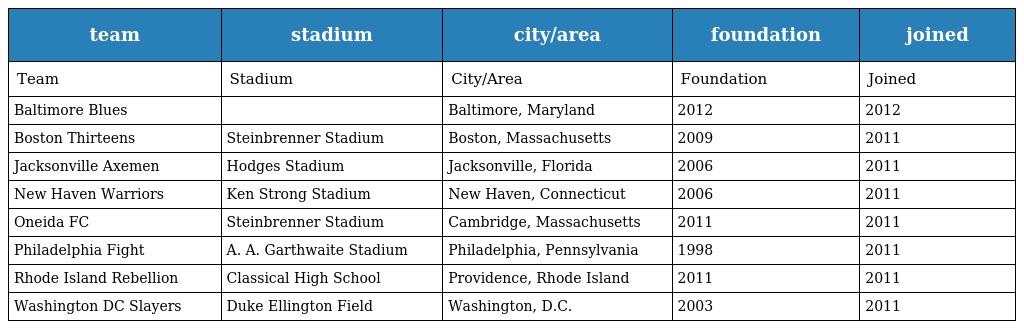
| team | stadium | city/area | foundation | joined |
 | --- | --- | --- | --- | --- |
 | Team | Stadium | City/Area | Foundation | Joined |
 | Baltimore Blues |  | Baltimore, Maryland | 2012 | 2012 |
 | Boston Thirteens | Steinbrenner Stadium | Boston, Massachusetts | 2009 | 2011 |
 | Jacksonville Axemen | Hodges Stadium | Jacksonville, Florida | 2006 | 2011 |
 | New Haven Warriors | Ken Strong Stadium | New Haven, Connecticut | 2006 | 2011 |
 | Oneida FC | Steinbrenner Stadium | Cambridge, Massachusetts | 2011 | 2011 |
 | Philadelphia Fight | A. A. Garthwaite Stadium | Philadelphia, Pennsylvania | 1998 | 2011 |
 | Rhode Island Rebellion | Classical High School | Providence, Rhode Island | 2011 | 2011 |
 | Washington DC Slayers | Duke Ellington Field | Washington, D.C. | 2003 | 2011 |